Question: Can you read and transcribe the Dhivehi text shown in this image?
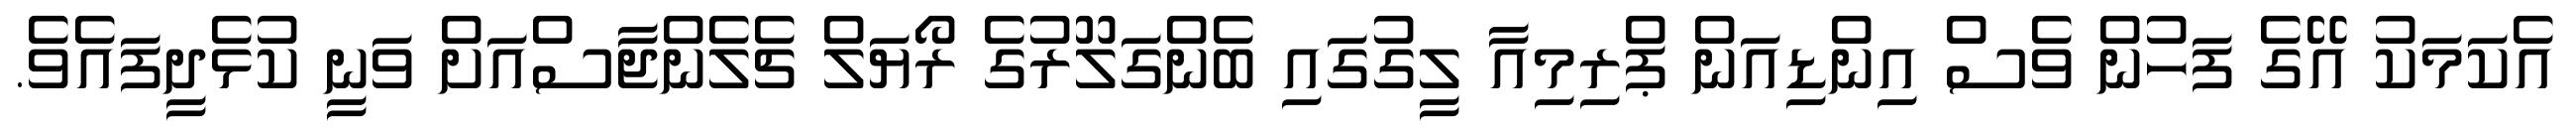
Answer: އެކަމަކު އޭގެ ފަހުން ވެސް އިންޑިއަން ޕްރިމިއާ ލީގުގައި ބެންގަލޫރުގެ ރޯޔަލް ޗެލެންޖާސްއަށް ވަނީ ކުޅެދީފައެވެ.